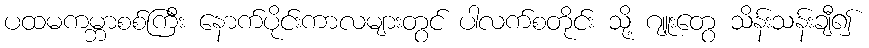
ပထမကမ္ဘာစစ်ကြီး နောက်ပိုင်းကာလများတွင် ပါလက်စတိုင်း သို့ ဂျူးတွေ သိန်းသန်းချီ၍